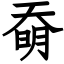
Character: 奣